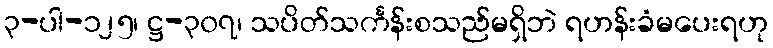
၃-ပါ-၁၂၅၊ ဋ္ဌ-၃၀၇၊ သပိတ်သင်္ကန်းစသည်မရှိဘဲ ရဟန်းခံမပေးရဟု